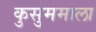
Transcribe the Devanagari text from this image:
कुसुममाला